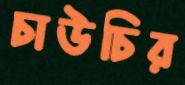
চাউচির